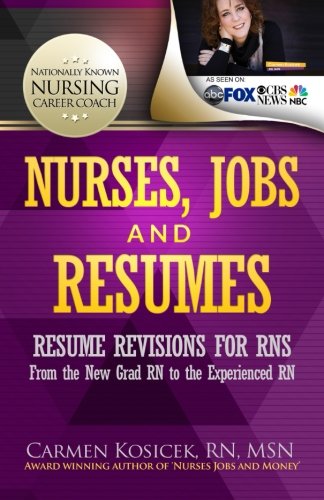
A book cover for Nurses, Jobs and Resumes: Resume Revisions for RNs From the New Grad RN to the Experienced RN; Carmen Kosicek RN MSN; Medical Books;